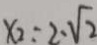
x _ { 2 } = 2 \cdot \sqrt { 2 }